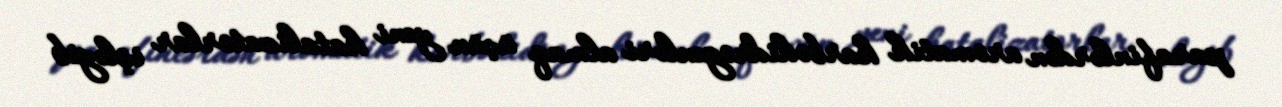
parafinlərdən aromatik karbohidrogenləri almaq üçün yeni katalizatorlar işləyib